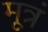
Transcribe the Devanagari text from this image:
मूत्रं